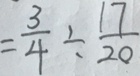
= \frac { 3 } { 4 } \div \frac { 1 7 } { 2 0 }